Civil Veterinary Dept. Bombay admin report 1932-41 - 1932-1941
Year: 1932
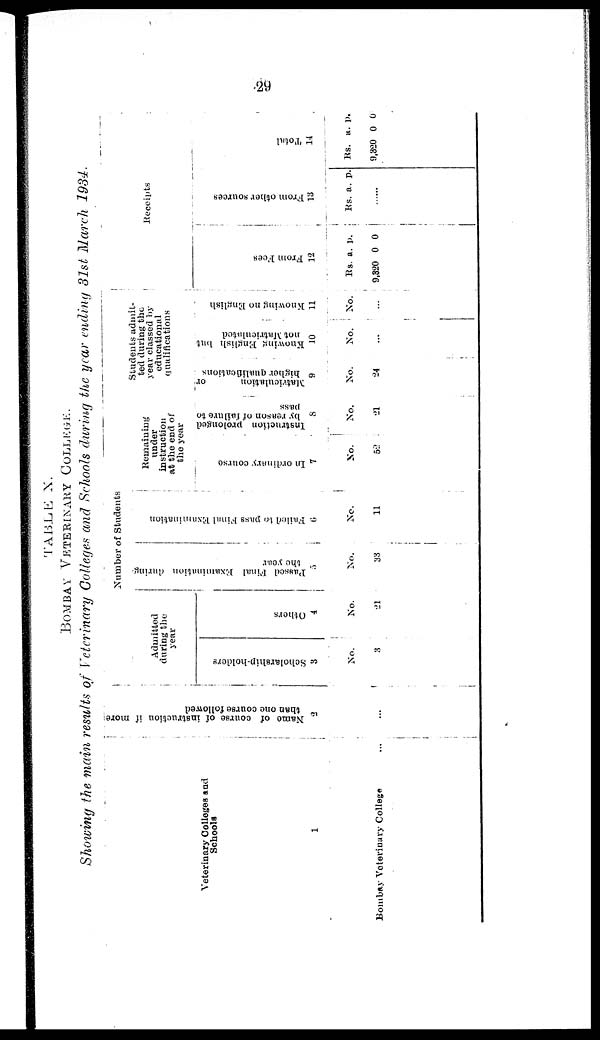
29
TABLE X.
BOMBAY VETERINARY COLLEGE
Showing the main results of Veterinary Colleges and Schools during the year ending 31st March 1934.
Veterinary Colleges and
Schools
1
Bombay Veterinary College ...
Name of course of instruction if more
than one course followed
2
...
Number of Students
Admitted
during the
year
Scholarahip-holders
3
No.
3
Others
4
No.
21
Passed Final Examination during
the year
5
No.
38
Failed to pass Final Examination
6
No.
11
Remaining
under
instruction
at the end of
the year
In ordinary course
7
No.
52
Instruction prolonged
by reason of failure to
pass
8
No.
21
Students admit-
ted during the
year classed by
educational
qualifications
Matriculation
or
higher qualifications i
9
No.
24
Knowing English but
not Matriculated
10
No.
...
Knowing no English
11
No.
...
Receipts
Fr om Fees
12
Rs.
9,320
a.
0
p.
0
Fr om ot her s our c e s
13
Rs. a. p.
......
Total
14
Rs.
9,320
a.
0
p.
0